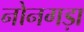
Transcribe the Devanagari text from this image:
नोनगड़ा